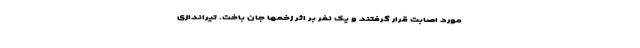
مورد اصابت قرار گرفتند و یک نفر بر اثر زخمها جان باخت. تیراندازی